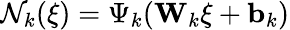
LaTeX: {\cal N}_{k}(\xi)=\Psi_{k}({\mathbf W}_{k}\xi+{\mathbf b}_{k})